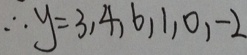
y = 3 , 4 , 6 , 1 , 0 , - 2